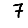
Digit: 7